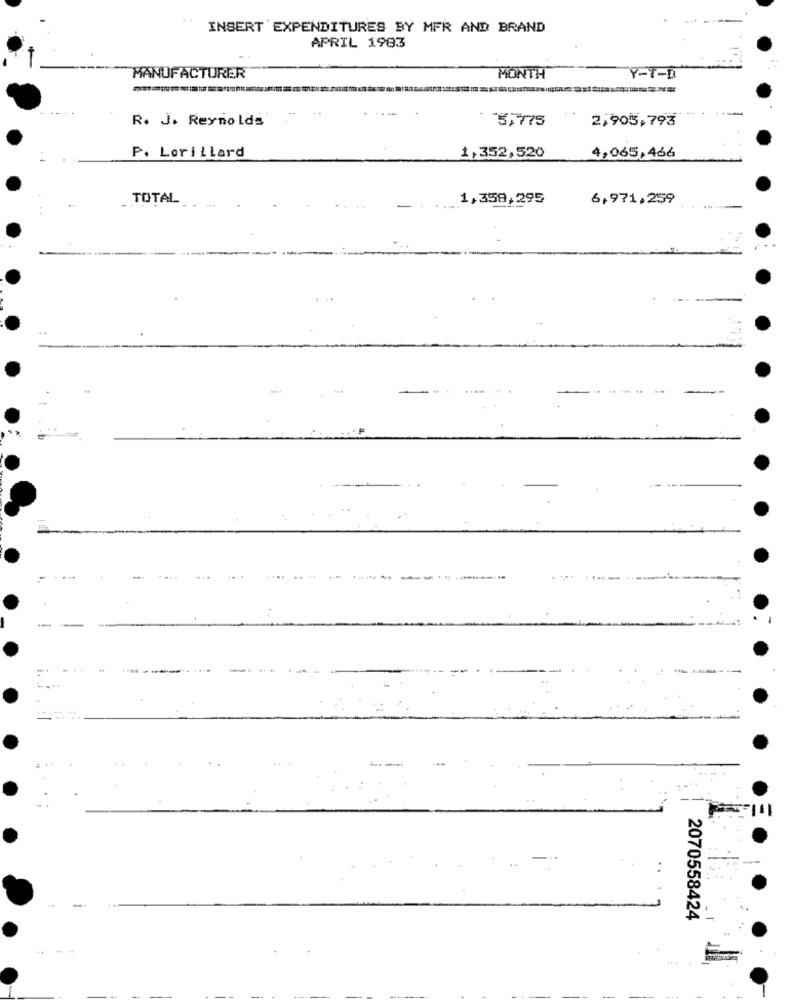
INSERT EXPENDITURES BY MFR AND BRAND
APRIL 1983
MANUFACTURER
MONTH
Y-T-D
--
R. J. Reynolds
2,905,793
5,75
P. Lorillard
1,352,520
4,065,466
TOTAL
1,358,295
6,971,259
-
2070558424